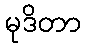
မုဒိတာ